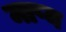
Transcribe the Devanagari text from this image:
माप्य